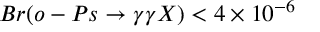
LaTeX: B r ( o - P s \rightarrow \gamma \gamma X ) < 4 \times 1 0 ^ { - 6 }